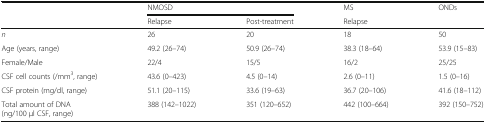
<table><thead><tr><td rowspan="2"></td><td colspan="2"><b>NMOSD</b></td><td><b>MS</b></td><td rowspan="2"><b>ONDs</b></td></tr><tr><td><b>Relapse</b></td><td><b>Post-treatment</b></td><td><b>Relapse</b></td></tr></thead><tbody><tr><td><i>n</i></td><td>26</td><td>20</td><td>18</td><td>50</td></tr><tr><td>Age (years, range)</td><td>49.2 (26–74)</td><td>50.9 (26–74)</td><td>38.3 (18–64)</td><td>53.9 (15–83)</td></tr><tr><td>Female/Male</td><td>22/4</td><td>15/5</td><td>16/2</td><td>25/25</td></tr><tr><td>CSF cell counts (/mm<sup>3</sup>, range)</td><td>43.6 (0–423)</td><td>4.5 (0–14)</td><td>2.6 (0–11)</td><td>1.5 (0–16)</td></tr><tr><td>CSF protein (mg/dl, range)</td><td>51.1 (20–115)</td><td>33.6 (19–63)</td><td>36.7 (20–106)</td><td>41.6 (18–112)</td></tr><tr><td>Total amount of DNA(ng/100 μl CSF, range)</td><td>388 (142–1022)</td><td>351 (120–652)</td><td>442 (100–664)</td><td>392 (150–752)</td></tr></tbody></table>